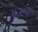
હા૨માળા